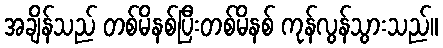
အချိန်သည် တစ်မိနစ်ပြီးတစ်မိနစ် ကုန်လွန်သွားသည်။